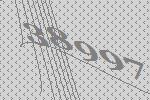
38997